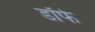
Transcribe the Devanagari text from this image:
डॉर्फ